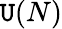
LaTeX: \mathtt{U}(N)